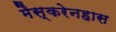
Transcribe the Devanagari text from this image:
मैस्करेनहास